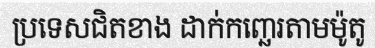
ប្រទេសជិតខាង ដាក់កញ្ឆេរតាមម៉ូតូ